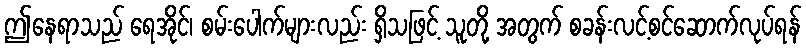
ဤနေရာသည် ရေအိုင်၊ စမ်းပေါက်များလည်း ရှိသဖြင့် သူတို့ အတွက် စခန်းလင့်စင်ဆောက်လုပ်ရန်